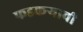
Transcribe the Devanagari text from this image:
फडकऱ्याची